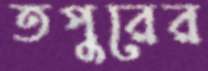
তপুরের